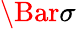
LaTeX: \Bar{\sigma}